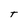
Character: T